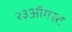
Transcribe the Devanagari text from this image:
२३ऑगस्ट